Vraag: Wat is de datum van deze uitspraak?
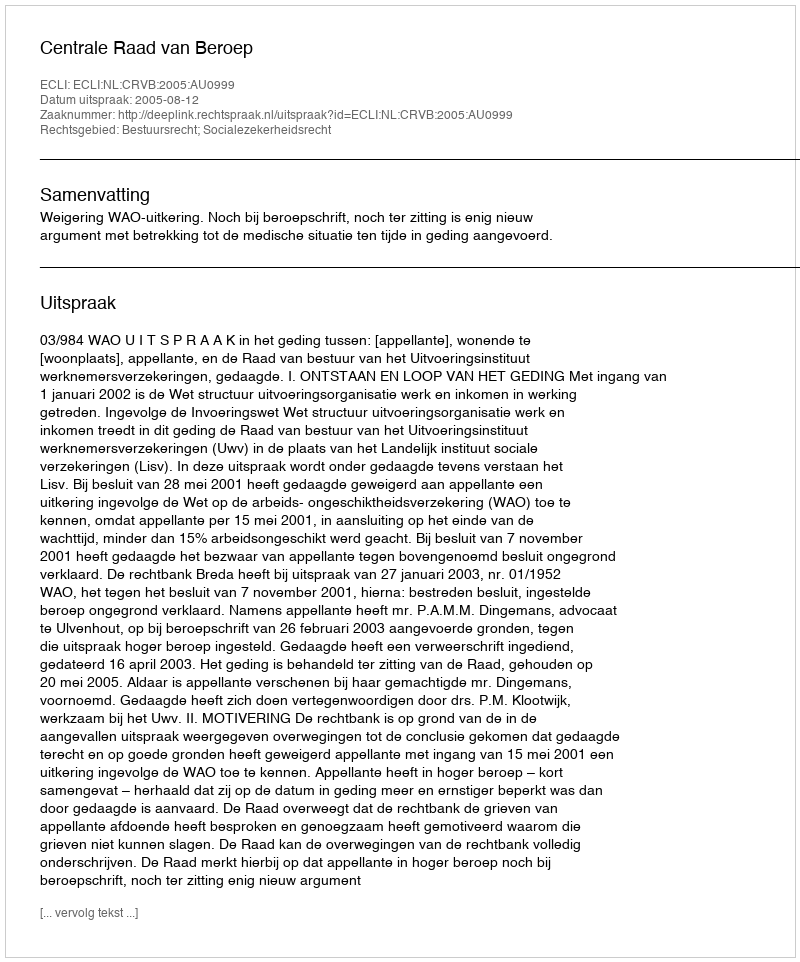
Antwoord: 2005-08-12